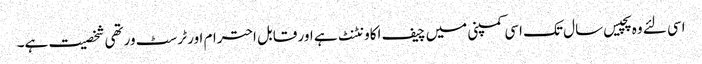
اسی لئے وہ پچیس سال تک اسی کمپنی میں چیف اکاونٹنٹ ہے اور قابل احترام اور ٹرسٹ ورتھی شخصیت ہے۔